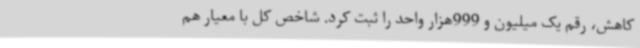
کاهش، رقم یک میلیون و 999هزار واحد را ثبت کرد. شاخص کل با معیار هم